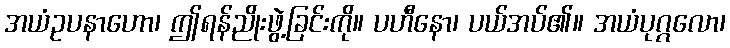
အယံဥပနာဟော၊ ဤရန်ညိုးဖွဲ့ခြင်းကို။ ပဟီနော၊ ပယ်အပ်၏။ အယံပုဂ္ဂလော၊